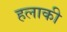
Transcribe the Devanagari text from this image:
हलाकी